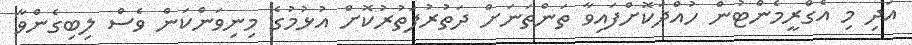
އަދި މި އެގްރީމެންޓުން ހުއްދަކޮށްފައިވާ ތަންތަނަށް ދަތުރުފަތުރުކޮށް އުޅުމުގެ މިނިވަންކަން ވެސް ލިބިގެންވާ